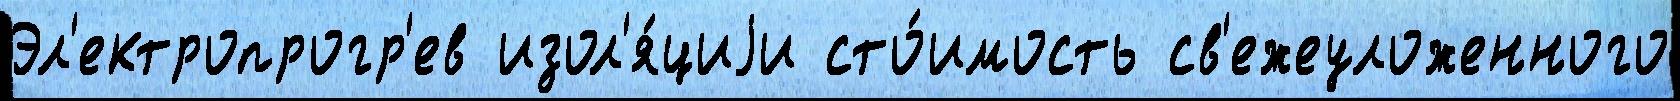
Эл'ектропрогр'ев изол'я́циjи сто́имость св'ежеуложенного